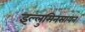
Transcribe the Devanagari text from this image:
इल्लुमिनसायन